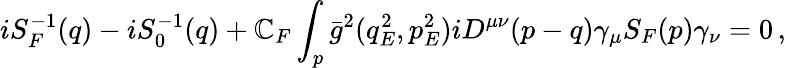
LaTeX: iS_{F}^{-1}(q)-iS_{0}^{-1}(q)+\mathbb{C}_{F}\int_{p}\bar{{g}}^{2}(q_{E}^{2},p_{E}^{2})iD^{\mu\nu}(p-q)\gamma_{\mu}S_{F}(p)\gamma_{\nu}=0\, ,